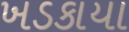
ખડકાયા